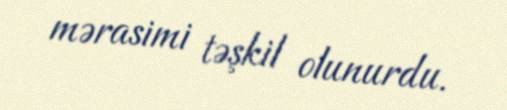
mərasimi təşkil olunurdu.